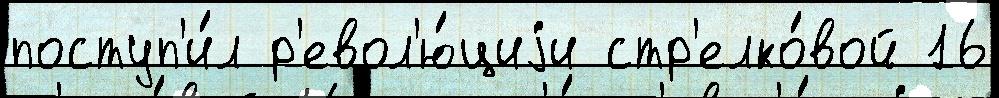
поступ'и́л р'евол'ю́циjи стр'елко́вой 16